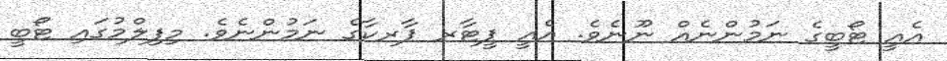
އެއީ ޓޯބީގެ ނަމުންނެއް ނޫނެވެ. އެއީ ޕީޓާރ ޕާރކާގެ ނަމުންނެވެ. މިފިލްމުގައި ޓޯބީ